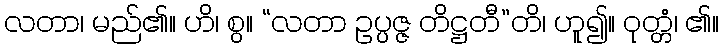
လတာ၊ မည်၏။ ဟိ၊ စွ။ “လတာ ဥပ္ပဇ္ဇ တိဋ္ဌတီ”တိ၊ ဟူ၍။ ဝုတ္တံ၊ ၏။